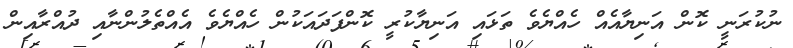
ނުކުރަނީ ކޮން އަނިޔާއެއް ހެއްޔެވެ ތަޅައި އަނިޔާކުރީ ކޮންފަދައަކުން ހެއްޔެވެ އެއްތެލުންނާއި ދުއްރާއިން